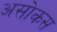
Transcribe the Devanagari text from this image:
असोकस